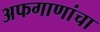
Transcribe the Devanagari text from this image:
अफगाणांचा